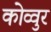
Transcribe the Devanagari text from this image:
कोव्वुर